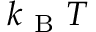
k _ { \mathrm { ~ B ~ } } T